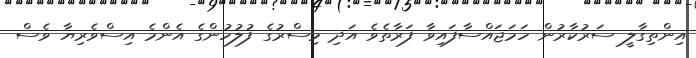
އިންތިގާލީ ސަރުކާރުން ހަމަޖައްސާފައިވާ ފަރާތެވެ އަދި މިސްރުގެ ފުލުހުންގެ އެންމެ އިސްވެރިޔާ ވެސް